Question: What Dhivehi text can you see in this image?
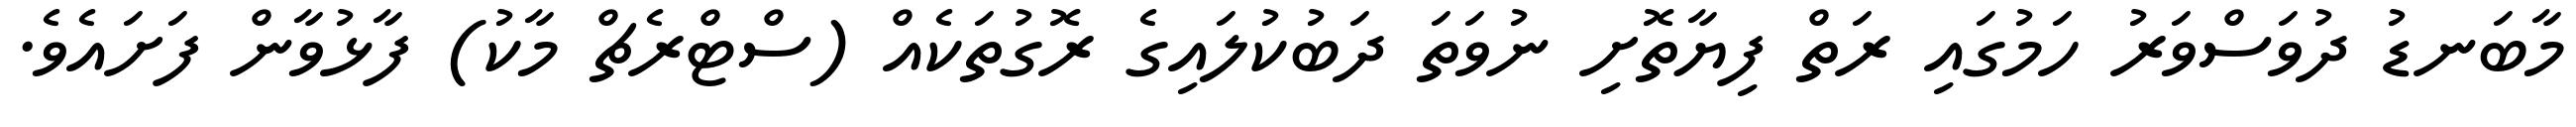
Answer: މާބަނޑު ދުވަސްވަރު ހަމުގައި ރަތް ފިޔާތޮށި ނުވަތަ ދަބުކުލައިގެ ރޮގުތަކެއް (ސްޓްރެޗް މާކު) ފާޅުވާން ފަށައެވެ.